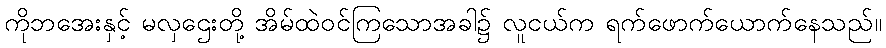
ကိုဘအေးနှင့် မလှဌေးတို့ အိမ်ထဲဝင်ကြသောအခါ၌ လူငယ်က ရက်ဖောက်ယောက်နေသည်။